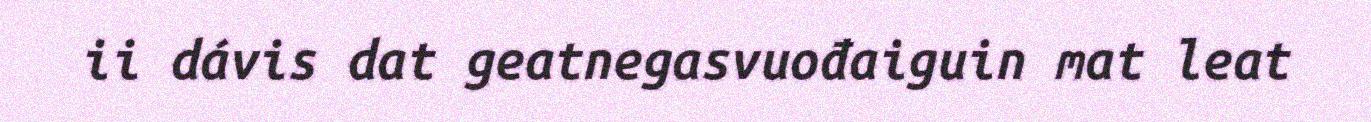
ii dávis dat geatnegasvuođaiguin mat leat